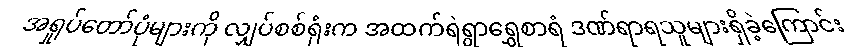
အရှုပ်တော်ပုံများကို လျှပ်စစ်ရုံးက အထက်ရဲရွာရွှေစာရံ ဒဏ်ရာရသူများရှိခဲ့ကြောင်း